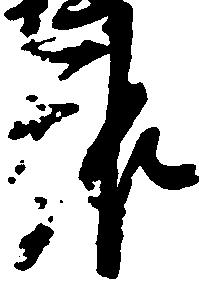
報